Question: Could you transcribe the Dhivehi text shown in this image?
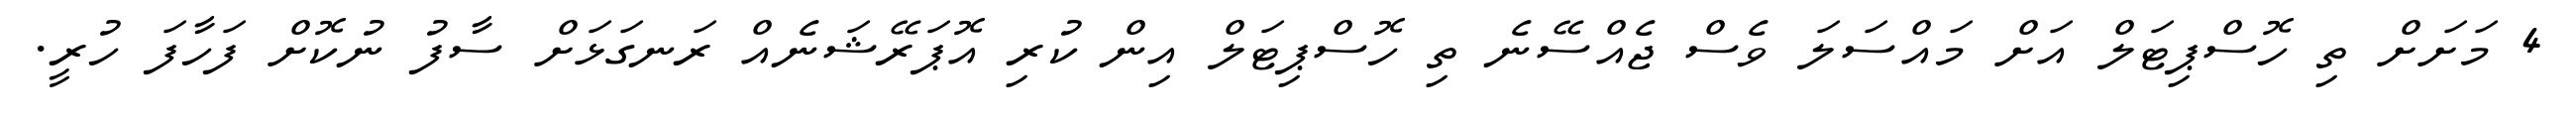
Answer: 4 މަށަށް ތި ހޮސްޕިޓަލް އަށް މައްސަލަ ވެސް ޖެއްސޭނެ ތި ހޮސްޕިޓަލް އިން ކުރި އޮޕަރޭޝަނެއް ރަނގަޅަށް ސާފު ނުކޮށް ފަހާފަ ހުރީ.